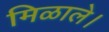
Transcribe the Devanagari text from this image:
मिळाले।